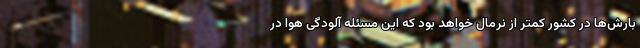
بارش‌ها در کشور کمتر از نرمال خواهد بود که این مسئله آلودگی هوا در